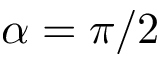
\alpha = \pi / 2